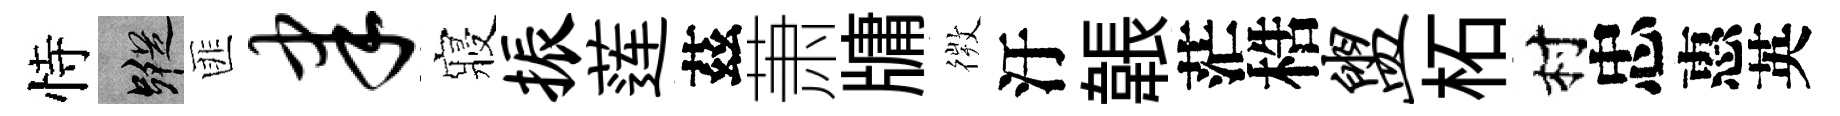
恃蹤匪聿寢振莲茲萧牗𢕄汙韔茫梏盥柘村忠惠英